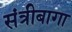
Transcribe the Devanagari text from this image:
संत्रीबागा